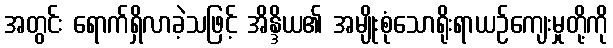
အတွင်း ရောက်ရှိလာခဲ့သဖြင့် အိန္ဒိယ၏ အမျိုးစုံသောရိုးရာယဉ်ကျေးမှုတို့ကို